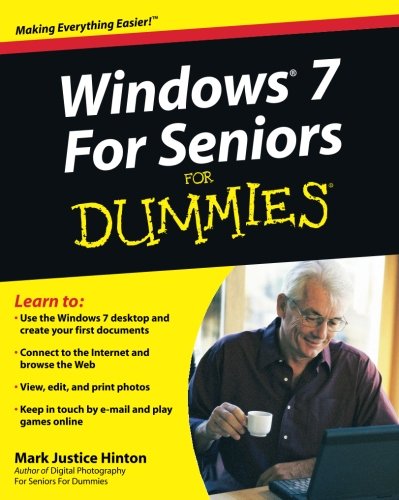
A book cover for Windows 7 For Seniors For Dummies; Mark Justice Hinton; Computers & Technology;